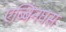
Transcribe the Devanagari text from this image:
एब्बिनघस